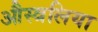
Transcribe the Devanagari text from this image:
औस्त्रलिया